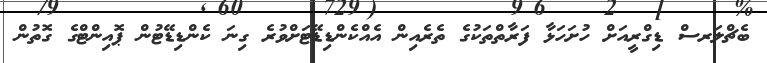
ބެޗްލަރސް ޑިގްރީއަށް ހުށަހަޅާ ފަރާތްތަކުގެ ތެރެއިން އެއްކެންޑިޑޭޓަށްވުރެ ގިނަ ކެންޑިޑޭޓުން ޕޮއިންޓްގެ ގޮތުން